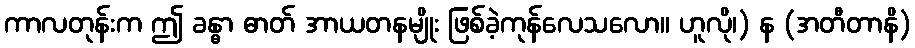
ကာလတုန်းက ဤ ခန္ဓာ ဓာတ် အာယတနမျိုး ဖြစ်ခဲ့ကုန်လေသလော။ ဟူလို၊) န (အတီတာနိ)